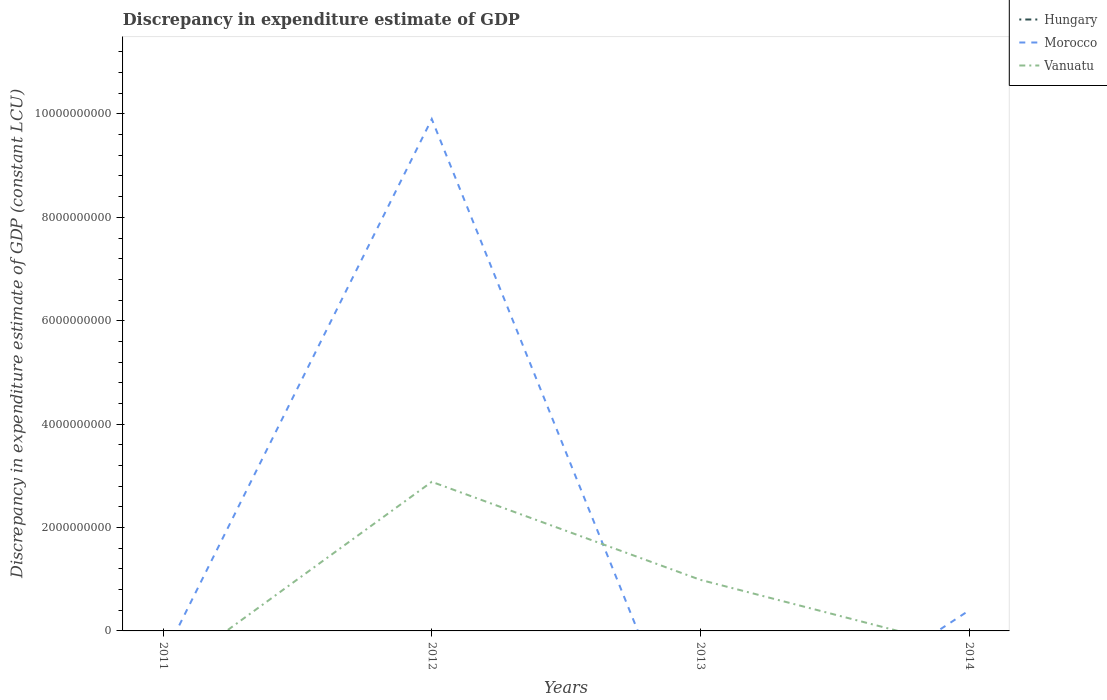
| Years | Hungary | Morocco | Vanuatu |
 | --- | --- | --- | --- |
 | 2011 | -4.9e+05 | -5.16e+08 | -8.9e+08 |
 | 2012 | -2.7e+09 | 9.9e+09 | 2.88e+09 |
 | 2013 | -2.2e+10 | -3.01e+09 | 9.88e+08 |
 | 2014 | -4.19e+09 | 3.95e+08 | -3.56e+08 |